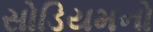
સોડિયમનો